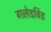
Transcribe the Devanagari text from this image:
गलेडविड